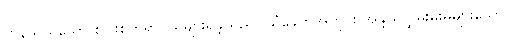
ကုန်သွယ်သော စပါးစိုက်ရွာငယ်များရှိခဲ့သည်။ သံခေတ်အတွင်း အိန္ဒိယလွှမ်းမိုးမှုများသော